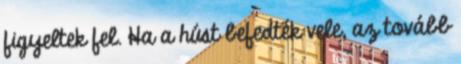
figyeltek fel. Ha a húst befedték vele, az tovább